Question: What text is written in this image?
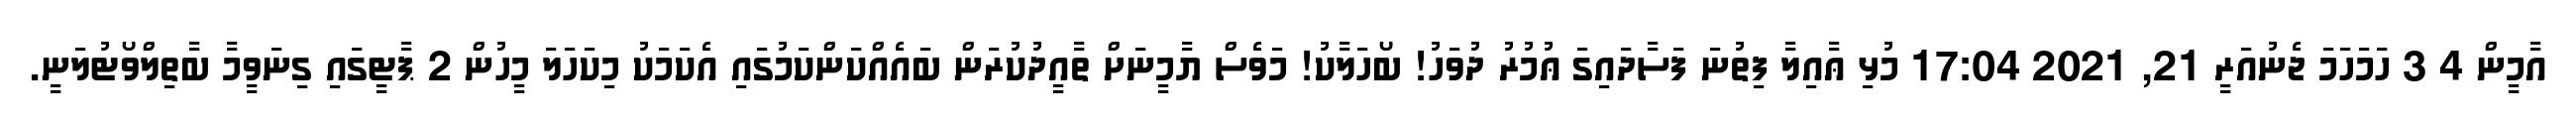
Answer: އާމީން 4 3 ހަމަހަމަ ޖެނުއަރީ 21, 2021 17:04 މުޅި ޢާއިލާ ފިތުނަ ފަސާދައިގަ ޢުމުރު ދުވަހު! ބޯހަލާކު! މަވެސް ޔާމީނަށް ތާއީދުކުރަން ބައެއްކަންކަމުގައި އެކަމަކު މިކަހަލަ މީހުން 2 ޕާޓީގައި ގިނަވީމާ ބާތިލްވޯޓުލަނީ.